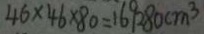
4 6 \times 4 6 \times 8 0 = 1 6 9 2 8 0 c m ^ { 3 }